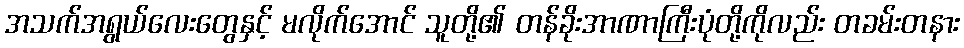
အသက်အရွယ်လေးတွေနှင့် မလိုက်အောင် သူတို့၏ တန်ခိုးအာဏာကြီးပုံတို့ကိုလည်း တခမ်းတနား